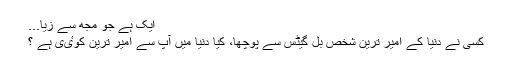
ایک ہے جو مجھ سے زیا...
کسی نے دنیا کے امیر ترین شخص بل گیٹس سے پوچھا، کیا دنیا میں آپ سے امیر ترین کوٸی ہے ؟